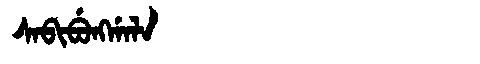
Manchu: ᠰᠠᠪᡳᠪᡠᠩᡤᠠᠯᠠ
Romanization: SABIBUNGGALA